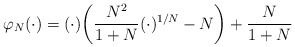
\begin{align*}\varphi_N(\cdot)=(\cdot)\bigg(\frac{N^2}{1+N}(\cdot)^{1/N} - N\bigg)+\frac{N}{1+N}\end{align*}